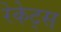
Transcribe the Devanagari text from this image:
रेकेट्स